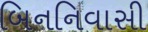
બિનનિવાસી